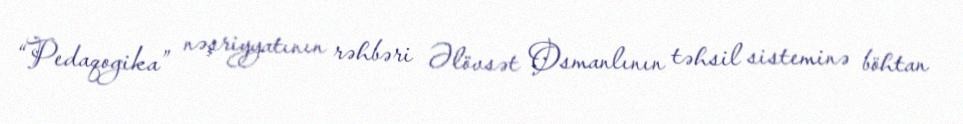
“Pedaqogika” nəşriyyatının rəhbəri Əlövsət Osmanlının təhsil sisteminə böhtan